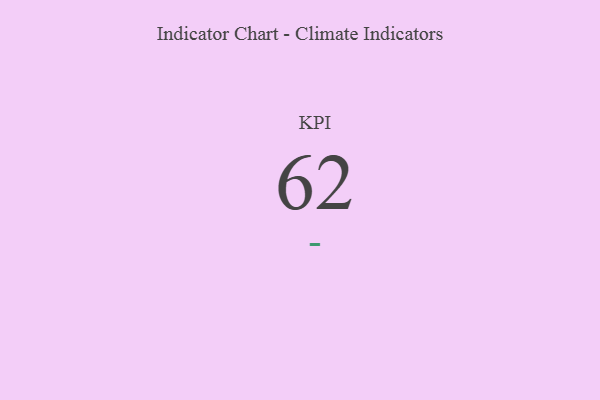
{"axis": {"x": "KPI", "y": "Value"}, "legend": [""], "data": [{"x": "KPI", "y": 62, "type": ""}]}